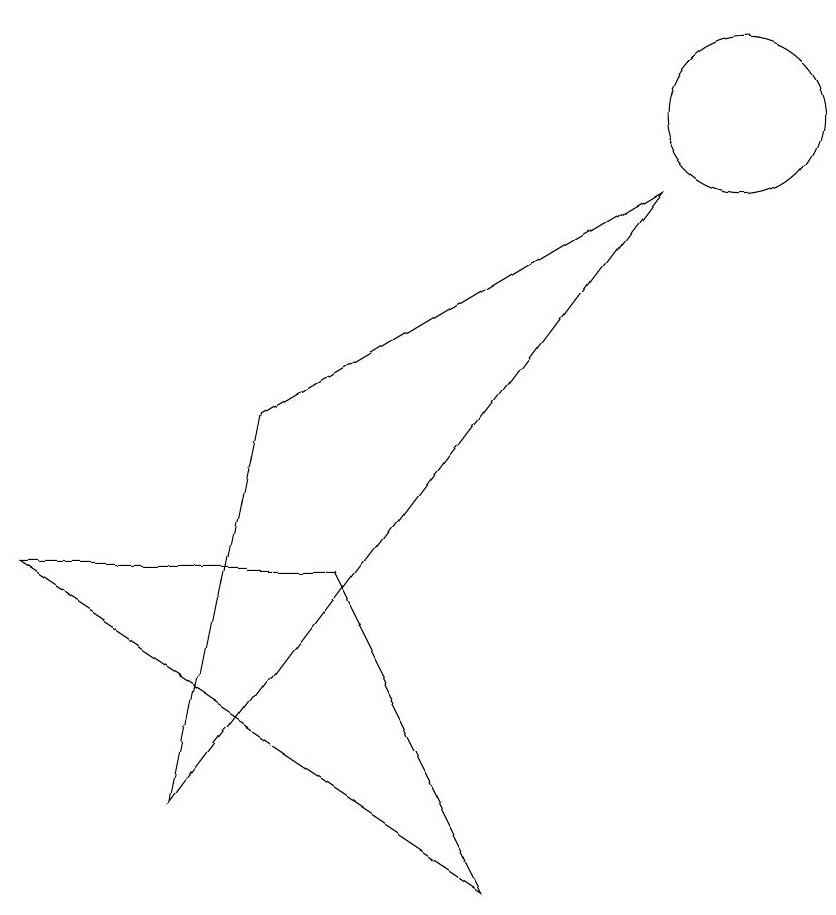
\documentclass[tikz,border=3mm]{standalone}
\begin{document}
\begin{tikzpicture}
\draw (10,10) circle (1);
\draw (7,0) -- (5,4) -- (1,4) -- cycle;
\draw (9,9) -- (4,6) -- (3,1) -- cycle;
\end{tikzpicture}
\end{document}